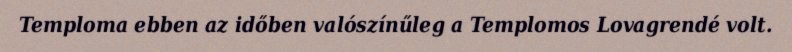
Temploma ebben az időben valószínűleg a Templomos Lovagrendé volt.